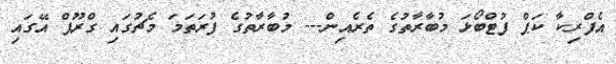
އެފްރިކާ ކަޕް ފުޓްބޯޅަ މުބާރާތުގެ ތެރެއިން--- މުބާރާތުގެ ފުރަތަމަ މެޗުގައި ގްރޫޕް އޭގައި